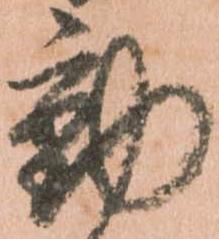
動